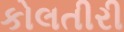
કોલતીરી